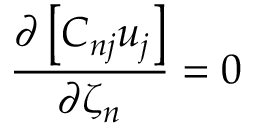
\frac { \partial \left[ C _ { n j } u _ { j } \right] } { \partial \zeta _ { n } } = 0